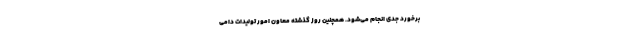
برخورد جدی انجام می‌شود. همچنین روز گذشته معاون امور تولیدات دامی